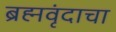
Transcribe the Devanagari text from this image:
ब्रह्मवृंदाचा